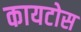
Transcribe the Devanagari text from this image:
कायटोस